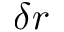
\delta r